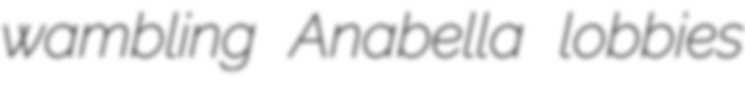
wambling Anabella lobbies